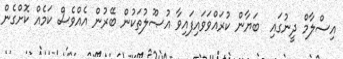
އިސްލާމް ދީނުގައި  ބަޔާން ކުރައްވަވައިފައިވާ އުޞޫލުތަކުން ބޭރުން އެއްވެސް ކަމެއް ކޮށްގެން